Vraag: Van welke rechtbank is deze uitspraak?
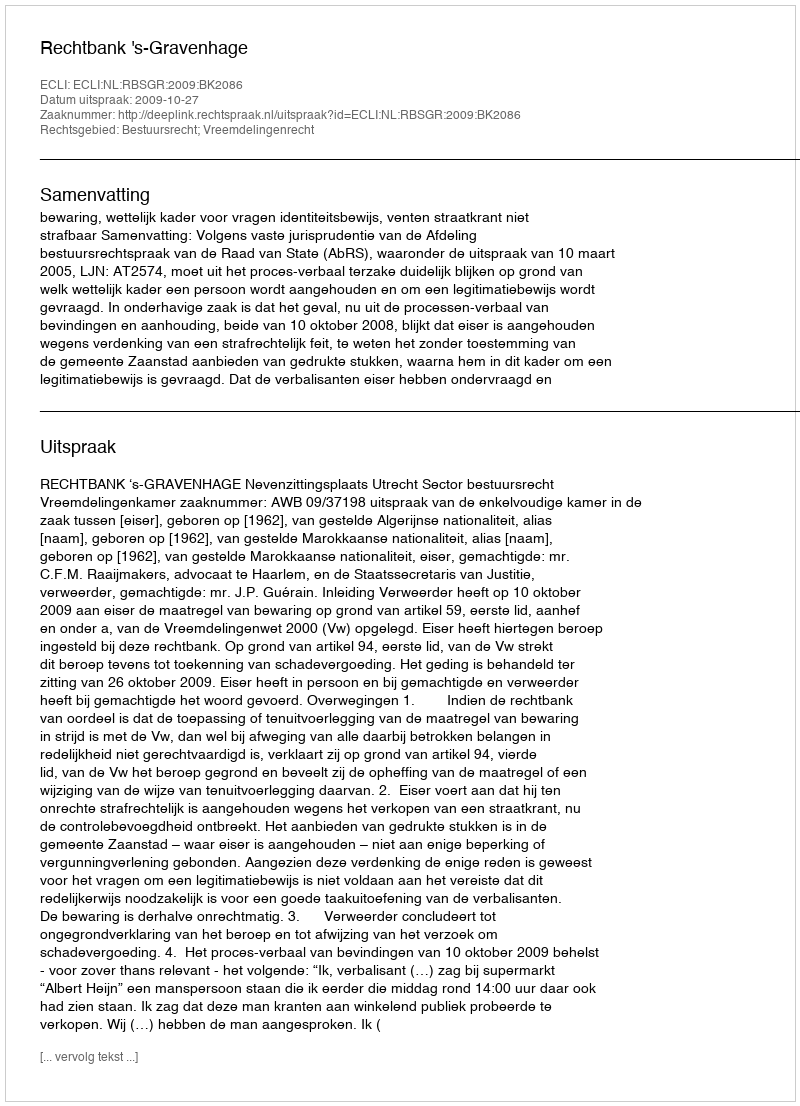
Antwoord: Rechtbank 's-Gravenhage